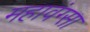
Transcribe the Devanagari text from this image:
महावंग्सा